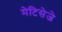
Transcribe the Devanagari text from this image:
मेटिसेजे